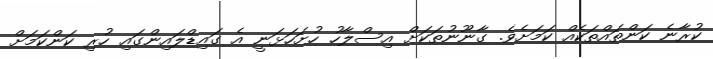
ކުރާނެ ކަންތައްތަކެއް ކަމަށެވެ. ގާނޫނުތަކަށް އިސްލާހު ހުށަހަޅަނީ އެ ގައިޑްލައިންގައި ހުރި ކަންކަމަށް